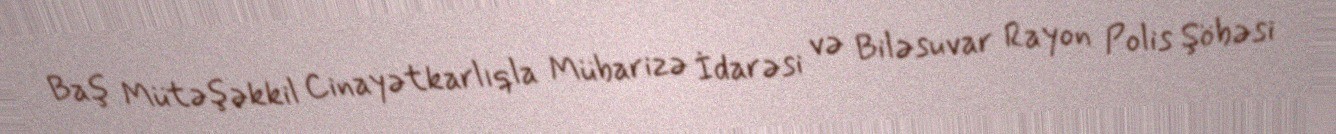
Baş Mütəşəkkil Cinayətkarlıqla Mübarizə İdarəsi və Biləsuvar Rayon Polis Şöbəsi